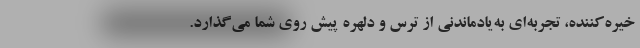
خیره‌کننده، تجربه‌ای به‌یادماندنی از ترس و دلهره پیش روی شما می‌گذارد.